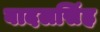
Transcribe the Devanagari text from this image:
बादलसिंह